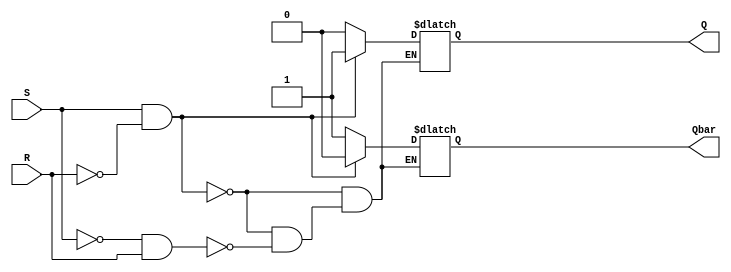
module SR_flipflop (
    input S,
    input R,
    output reg Q,
    output reg Qbar
);

always @ (S, R) begin
    if (S && ~R) begin // Set condition
        Q = 1;
        Qbar = 0;
    end else if (~S && R) begin // Reset condition
        Q = 0;
        Qbar = 1;
    end
end

endmodule